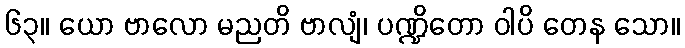
၆၃။ ယော ဗာလော မညတိ ဗာလျံ၊ ပဏ္ဍိတော ဝါပိ တေန သော။